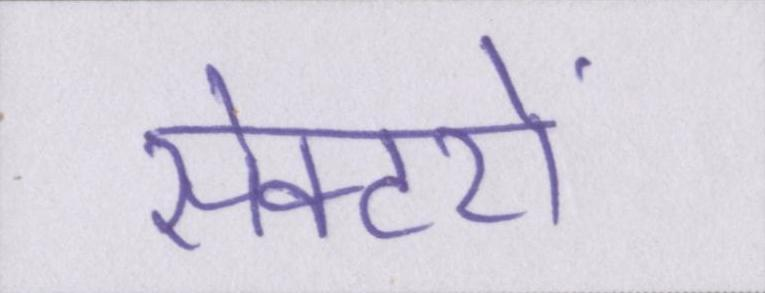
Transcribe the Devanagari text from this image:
सेक्टरों